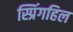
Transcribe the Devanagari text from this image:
स्प्रिंगहिल